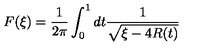
F ( \xi ) = \frac { 1 } { 2 \pi } \int _ { 0 } ^ { 1 } d t \frac { 1 } { \sqrt { \xi - 4 R ( t ) } }